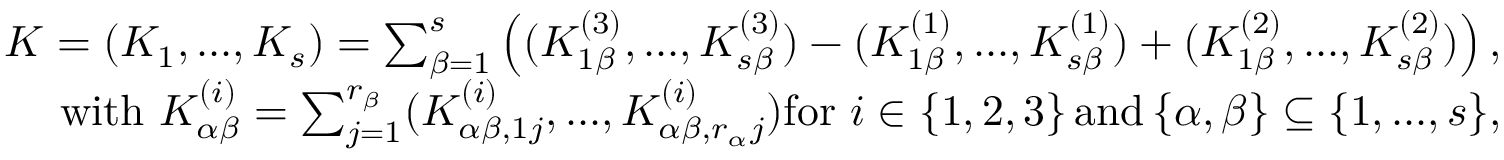
\begin{array} { r l r } & { } & { K = ( K _ { 1 } , . . . , K _ { s } ) = \sum _ { \beta = 1 } ^ { s } \left( ( K _ { 1 \beta } ^ { ( 3 ) } , . . . , K _ { s \beta } ^ { ( 3 ) } ) - ( K _ { 1 \beta } ^ { ( 1 ) } , . . . , K _ { s \beta } ^ { ( 1 ) } ) + ( K _ { 1 \beta } ^ { ( 2 ) } , . . . , K _ { s \beta } ^ { ( 2 ) } ) \right) \mathrm { , } } \\ & { } & { \mathrm { w i t h ~ } K _ { \alpha \beta } ^ { ( i ) } = \sum _ { j = 1 } ^ { r _ { \beta } } ( K _ { \alpha \beta , 1 j } ^ { ( i ) } , . . . , K _ { \alpha \beta , r _ { \alpha } j } ^ { ( i ) } ) \mathrm { f o r ~ } i \in \left\{ 1 , 2 , 3 \right\} \mathrm { a n d } \left\{ \alpha , \beta \right\} \subseteq \left\{ 1 , . . . , s \right\} \! \mathrm { , } } \end{array}